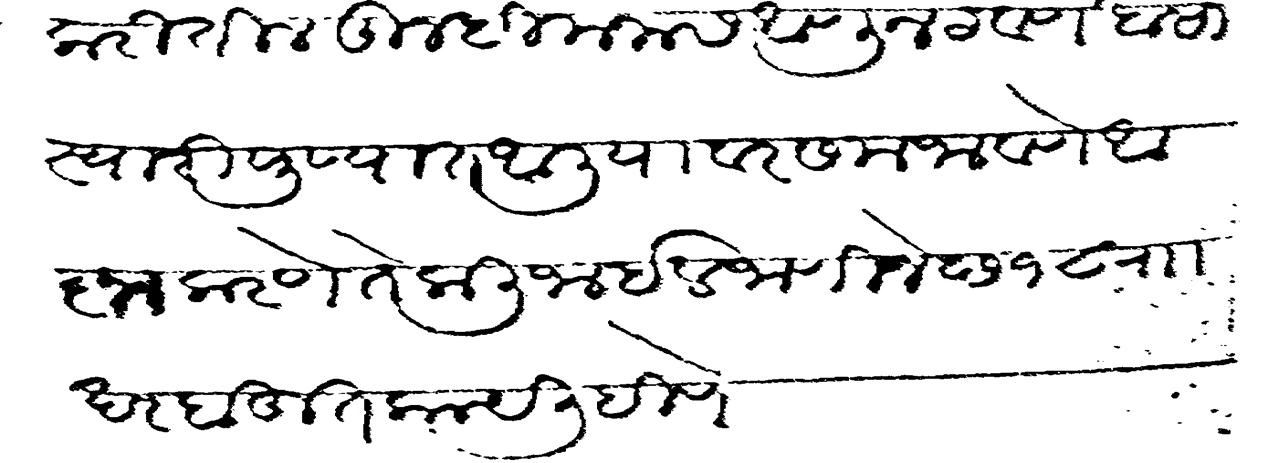
Transliteration (Devanagari): करीतील तुम्ही मनास आणून टेवणे खासा स्वारी पुण्यात आलीयावर समजावणे आज्ञा करणे ते कली जाईल जाणिजे छ १८ रखर बहुत काय लिहिणे